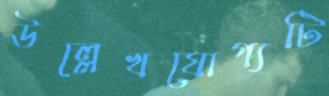
উল্লেখযোগ্যটি